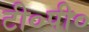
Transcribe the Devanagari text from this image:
टी०पी०